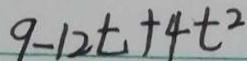
9 - 1 2 t + 4 t ^ { 2 }